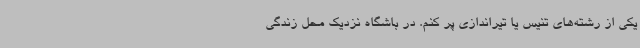
یکی از رشته‌های تنیس یا تیراندازی پر کنم. در باشگاه نزدیک محل زندگی